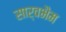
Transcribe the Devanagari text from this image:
सार्वभैम